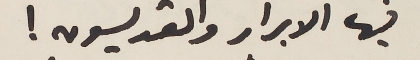
فيها الابرار والقديسون!